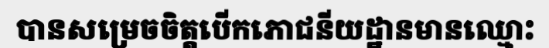
បានសម្រេចចិត្តបើកភោជនីយដ្ឋានមានឈ្មោះ